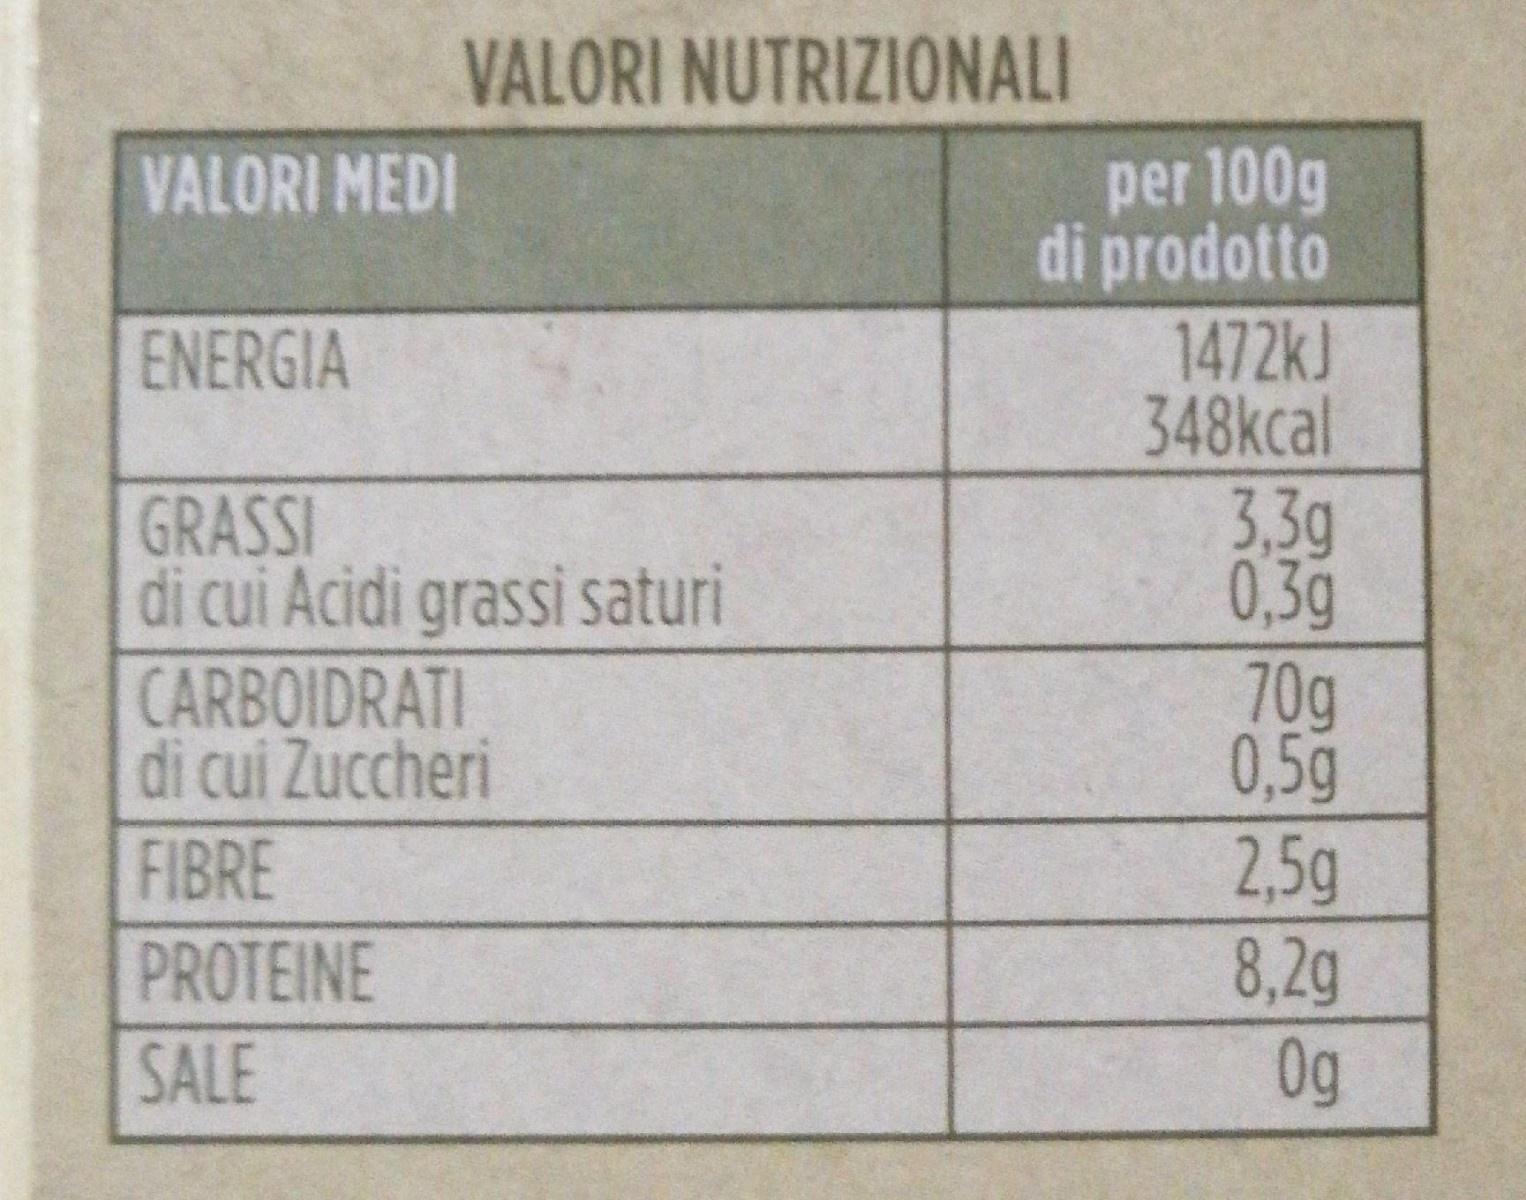
VALORI NUTRIZIONALI
per 100g di prodotto
VALORI MEDI
1472KJ 348kcal
ENERGIA
3,3g 0,3g 70g 0,5g 2,5g 8,2g 0g
GRASSI di cui Acidi grassi saturi
CARBOIDRATI di cui Zuccheri
FIBRE
PROTEINE
SALE